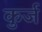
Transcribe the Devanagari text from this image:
कुर्ज